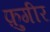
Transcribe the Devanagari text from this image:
फ़ुगीर